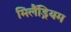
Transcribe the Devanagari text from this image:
मिलैंड्रियम